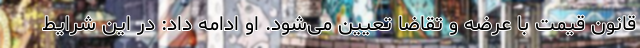
قانون قیمت با عرضه و تقاضا تعیین می‌شود. او ادامه داد: در این شرایط